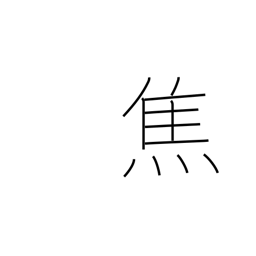
Meaning: burn